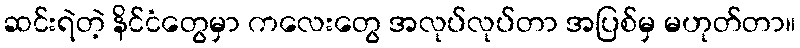
ဆင်းရဲတဲ့ နိင်ငံတွေမှာ ကလေးတွေ အလုပ်လုပ်တာ အပြစ်မှ မဟုတ်တာ။